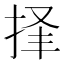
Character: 𪭲